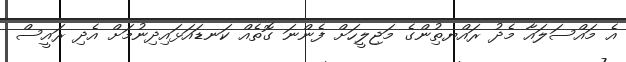
އެ މައްސަލައާ މެދު ރައްޔތިުންގެ މަޖިލީހަށް ފެންނަ ގޮތެއް ކަނޑައަޅައިދިނުމަށް އެދި ރައީސް